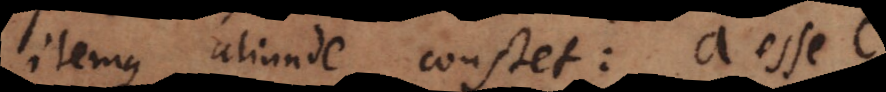
itemque aliunde constet: a esse